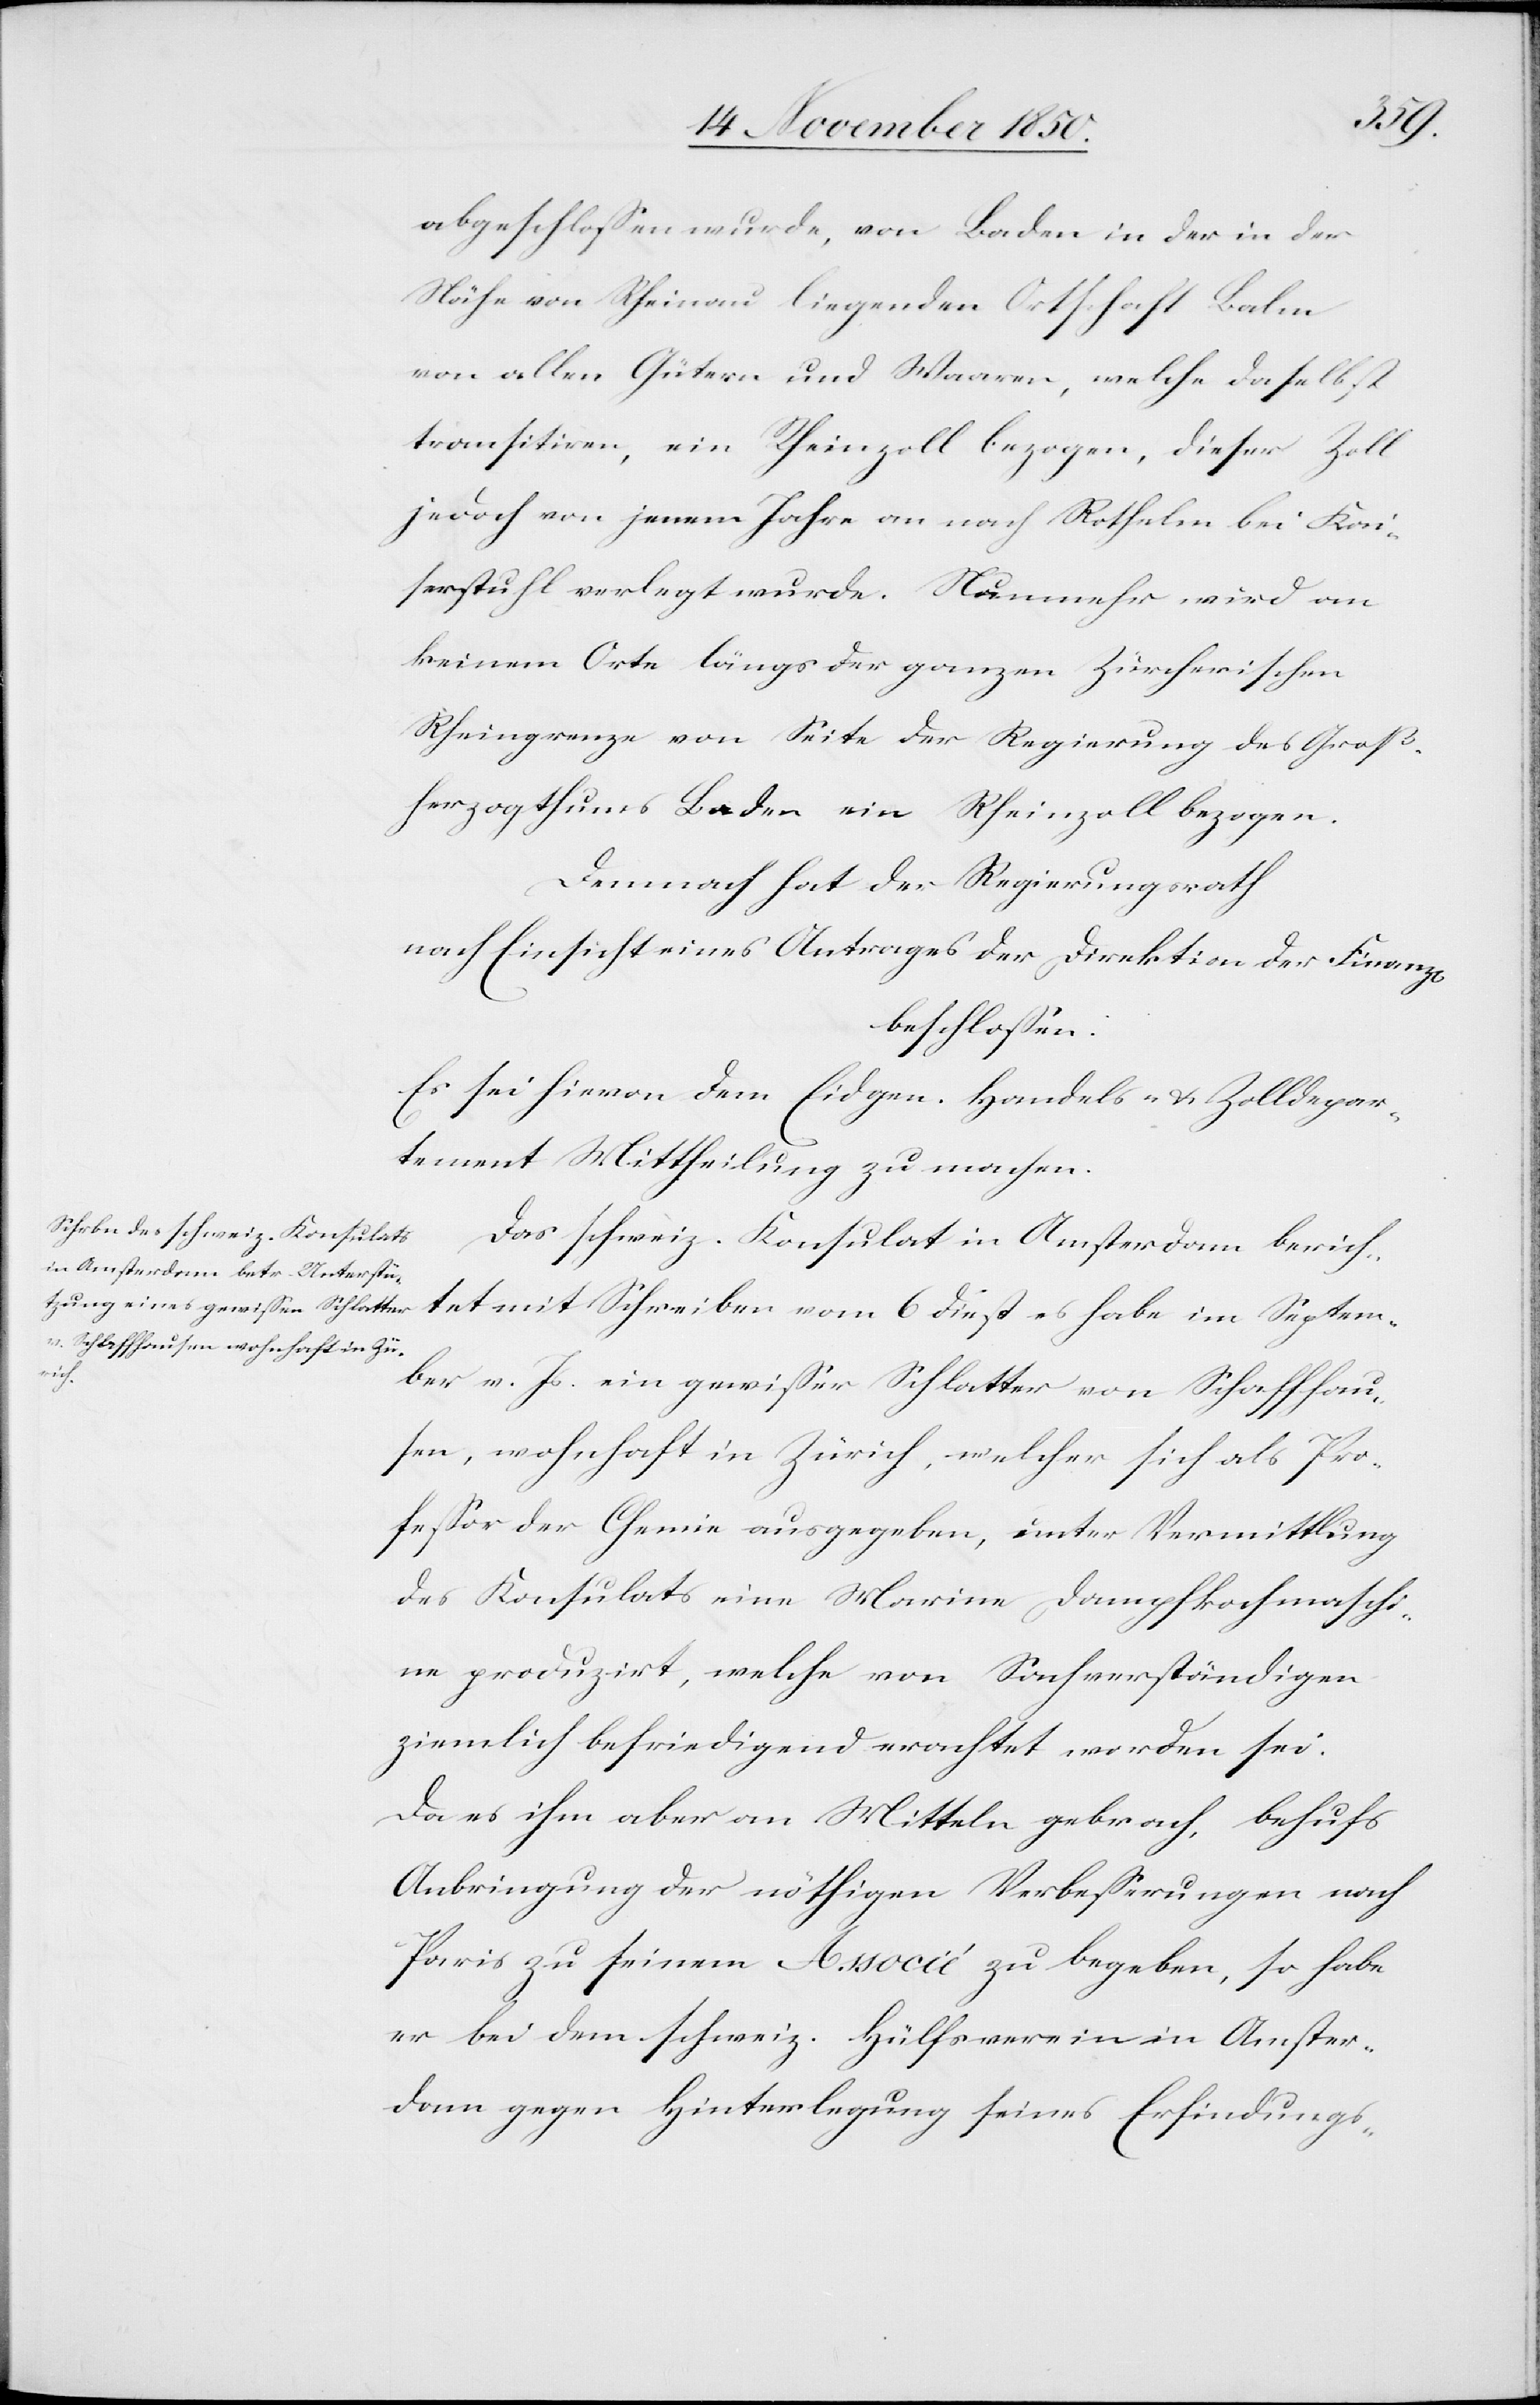
abgeschlossen wurde, von Baden in der in der
Nähe von Rheinau liegenden Ortschaft Balm
von allen Gütern und Waaren, welche daselbst
transitiren, ein Rheinzoll bezogen, dieser Zoll
jedoch von jenem Jahre an nach Rothelm bei Kai¬
serstuhl verlegt wurde. Nunmehr wird an
keinem Orte längs der ganzen Zürcherischen
Rheingrenze von Seite der Regierung des Groß¬
herzogthums Baden ein Rheinzoll bezogen.
Demnach hat der Regierungsrath
nach Einsicht eines Antrages der Direktion der Finanz[en]
beschlossen:
Es sei hievon dem Eidgen. Handels- u. Zolldepar¬
tement Mittheilung zu machen.
Das schweiz. Konsulat in Amsterdam berich¬
tet mit Schreiben vom 6 dieß es habe im Septem¬
ber v. Js. ein gewisser Schlatter von Schaffhau¬
sen, wohnhaft in Zürich, welcher sich als Pro¬
fessor der Chemie ausgegeben, unter Vermittlung
des Konsulats eine Marine Dampfkochmaschi¬
ne produzirt, welche von Sachverständigen
ziemlich befriedigend erachtet worden sei.
Da es ihm aber an Mitteln gebrach, [sich]
Anbringung der nöthigen Verbesserungen nach
Paris zu seinem Associé zu begeben, so habe
er bei dem schweiz. Hülfsverein in Amster¬
dam gegen Hinterlegung seines Erfindungs-